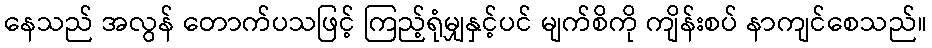
နေသည် အလွန် တောက်ပသဖြင့် ကြည့်ရုံမျှနှင့်ပင် မျက်စိကို ကျိန်းစပ် နာကျင်စေသည်။